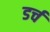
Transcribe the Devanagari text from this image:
डर्च